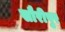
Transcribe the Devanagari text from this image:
सौरीपुर